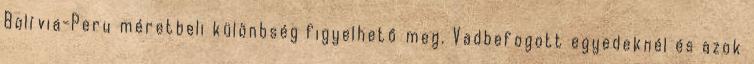
Bolívia-Peru méretbeli különbség figyelhető meg. Vadbefogott egyedeknél és azok